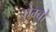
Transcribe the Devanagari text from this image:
ऐम्बो